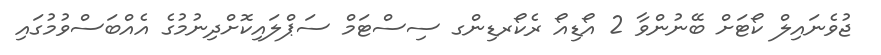
ޖުވެނައިލް ކޯޓަށް ބޭނުންވާ 2 އޯޑިއޯ ރެކޯރޑިންގ ސިސްޓަމް ސަޕްލައިކޮށްދިނުމުގެ އެއްބަސްވުމުގައި